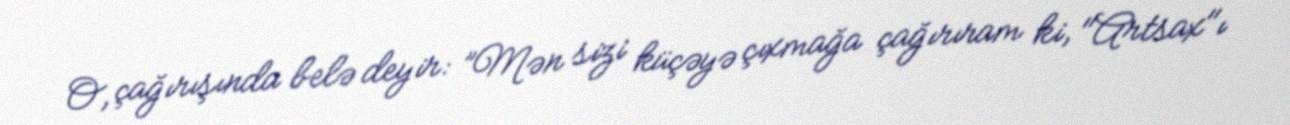
O, çağırışında belə deyir: ”Mən sizi küçəyə çıxmağa çağırıram ki, "Artsax"ı